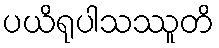
ပယိရုပါသဿူတိ